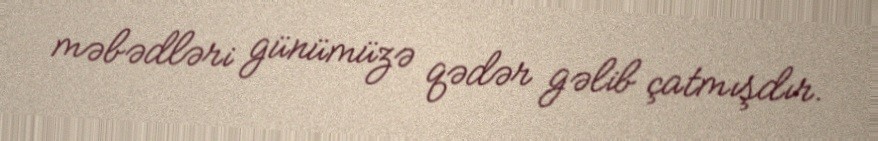
məbədləri günümüzə qədər gəlib çatmışdır.